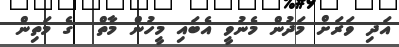
އަދި ވަރަށް މަދުން މެނުވީ އެބައި މީހުން މާތް  ގެ މަތިން